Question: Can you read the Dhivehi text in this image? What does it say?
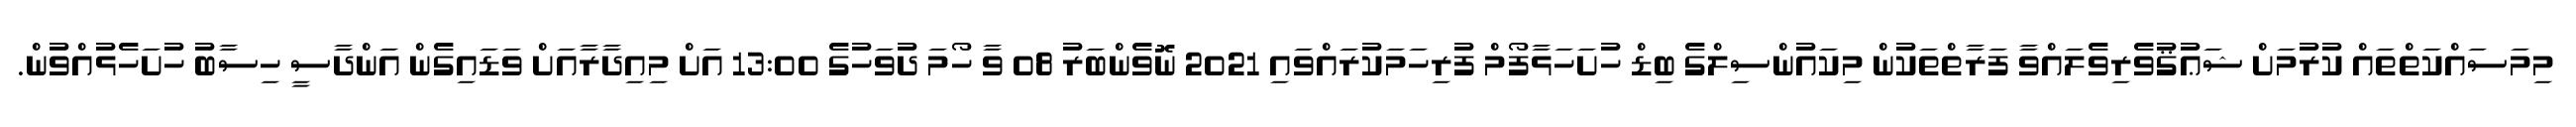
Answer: މިމަސައްކަތްތައް ކުރުމަށް ޝަޢުޤުވެރިވެލައްވާ ފަރާތްތަކުން މިކައުންސިލްގެ ބިޑް ހުށަހަޅާފޯމް ފުރިހަމަކުރައްވައި 2021 ނޮވެންބަރު 08 ވާ ހޯމަ ދުވަހުގެ 13:00 އަށް މިއިދާރާއަށް ވަޑައިގެން އަންދާސީ ހިސާބު ހުށަހެޅުއްވުން.